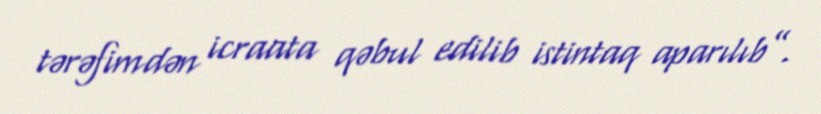
tərəfimdən icraata qəbul edilib istintaq aparılıb”.